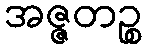
အဇ္ဇတဉ္စ